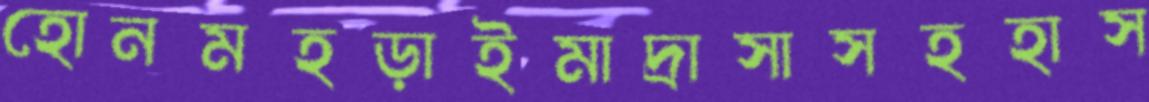
হোনমহড়াইমাদ্রাসাসহহাস